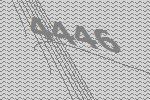
4446